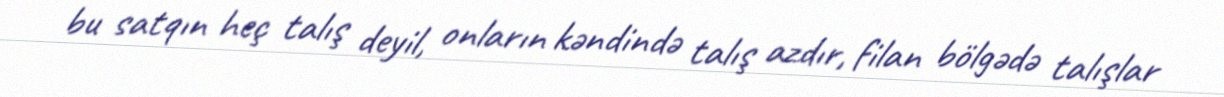
bu satqın heç talış deyil, onların kəndində talış azdır, filan bölgədə talışlar